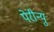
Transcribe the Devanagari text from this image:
पेरीन्यु